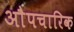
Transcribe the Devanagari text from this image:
अाैपचारिक